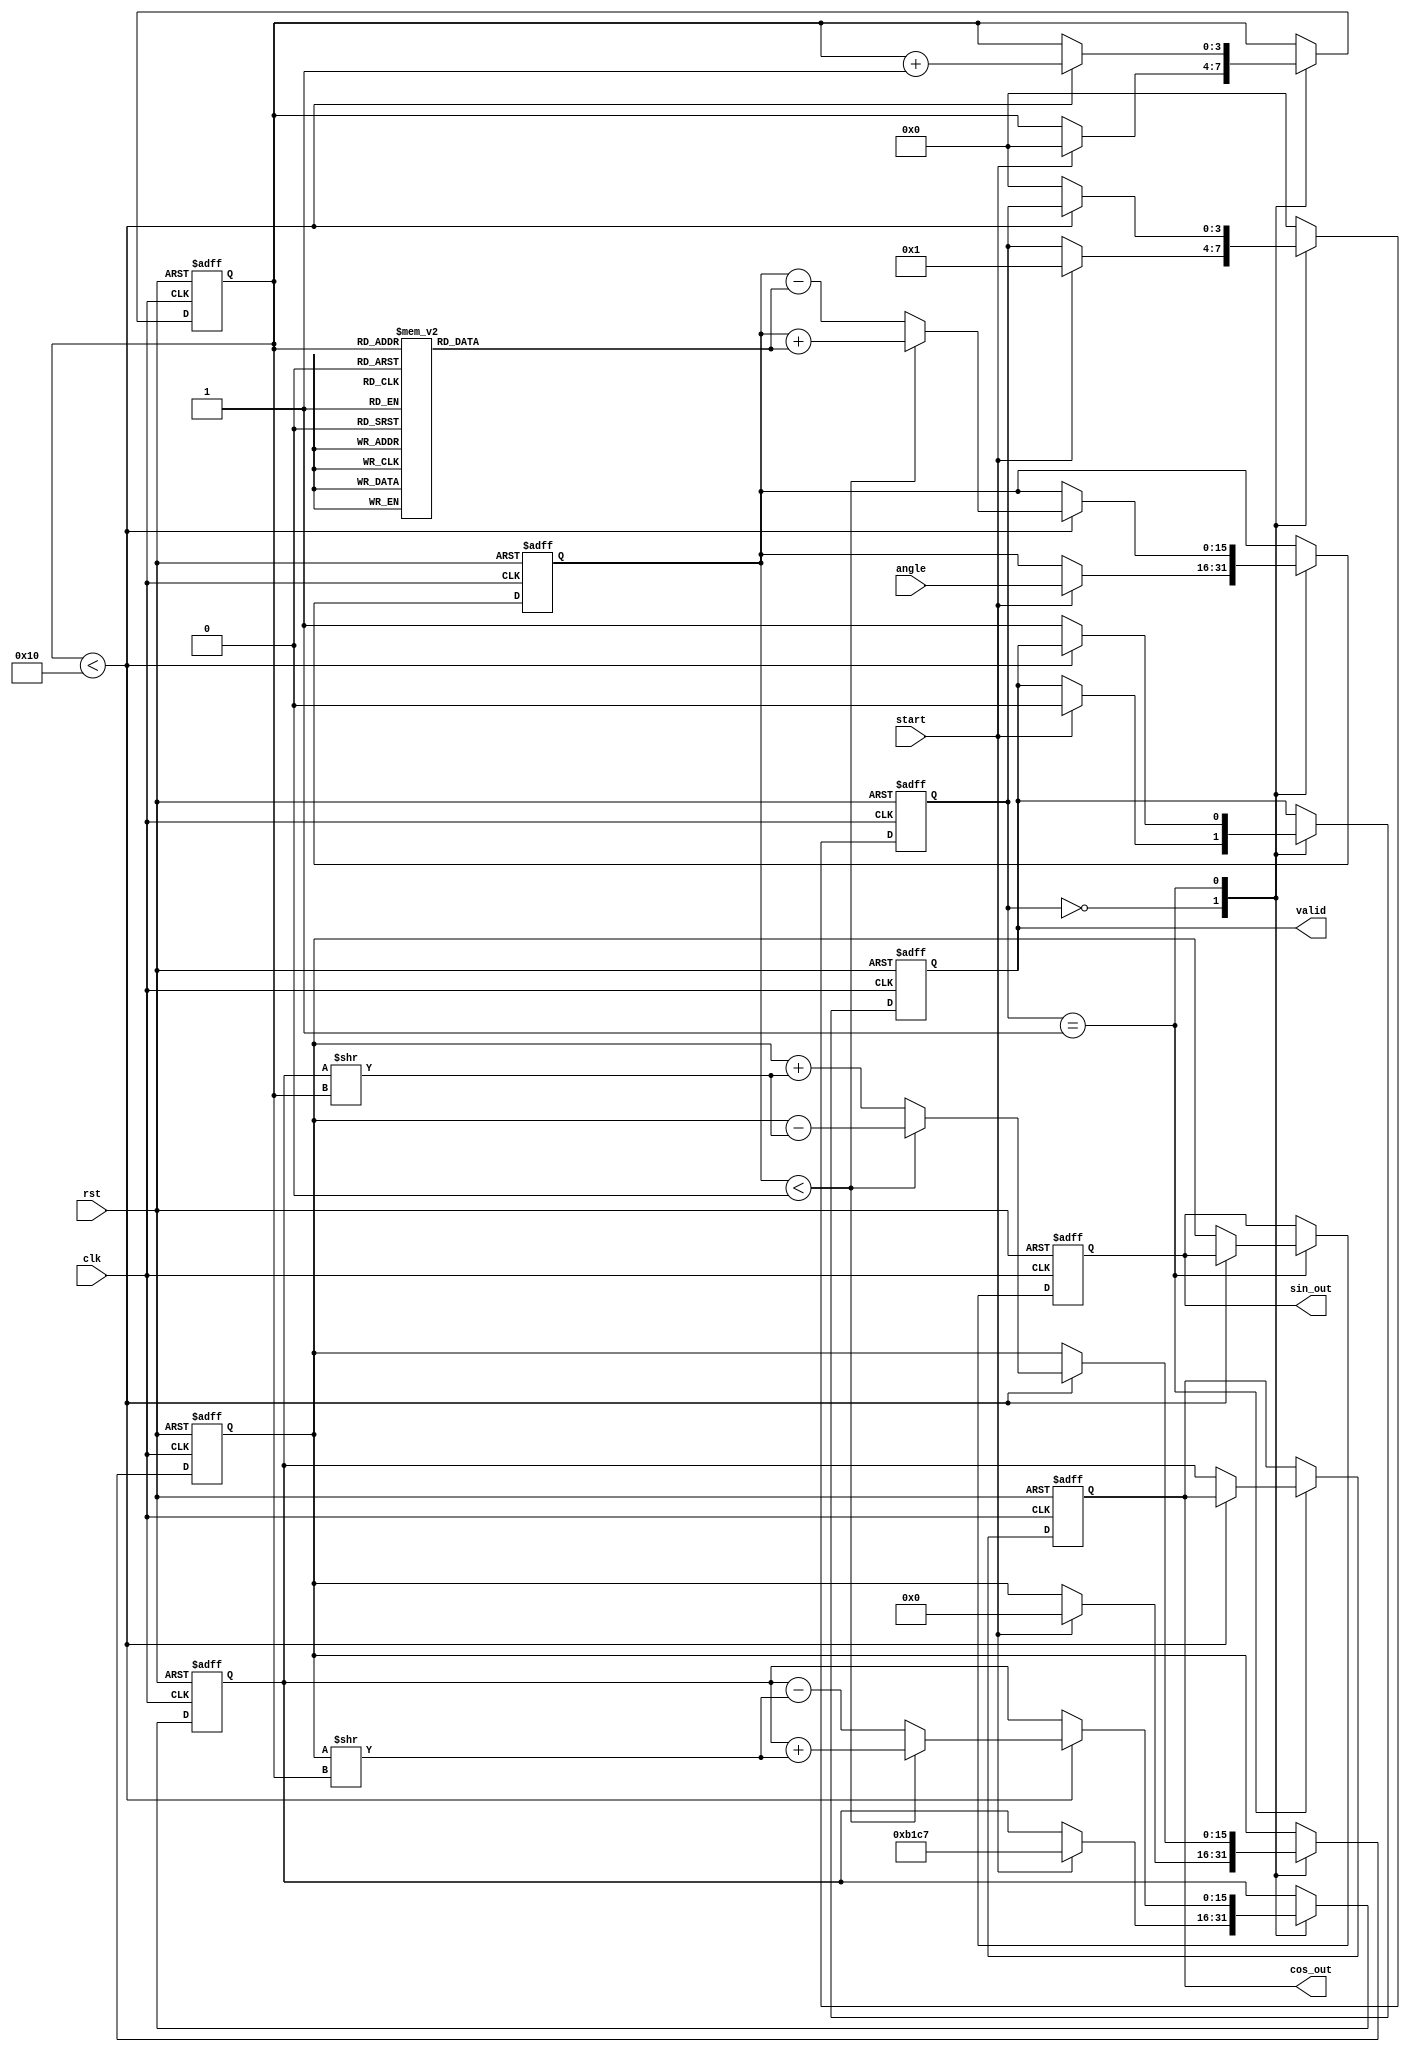
module cordic(
    input           clk,
    input           rst,
    input           start,
    input  [15:0]  angle,    // Input angle in fixed-point format
    output reg      valid,
    output reg [15:0] sin_out, // Output sine result
    output reg [15:0] cos_out  // Output cosine result
);
    // Parameters
    parameter NUM_ITER = 16; // Number of iterations (stages)
    parameter LUT_SIZE = 16;  // Size of the LUT

    // Pre-computed arctangent lookup table
    reg [15:0] atan_table [0:LUT_SIZE-1];
    
    // Angle and scaling
    reg [15:0] x, y, z; // x = cos(theta), y = sin(theta), z = angle
    reg [15:0] scaling_factor;
    
    // State machine states
    reg [3:0] state;
    reg [3:0] iter; // Iteration control

    // Initialization of the lookup table
    initial begin
        // Fill the LUT with pre-computed arctangent values
        atan_table[0] = 16'h3243; // atan(0.5) = 0.4636... in fixed-point
        atan_table[1] = 16'h1DAC; // atan(0.25) = 0.2449... in fixed-point
        // ... add more pre-computed values
    end

    // Scaling factor initialization (based on number of iterations)
    initial begin
        scaling_factor = 16'hB1C7; // Fixed-point scaling factor for 16 iterations
    end

    // State machine for controlling the CORDIC process
    always @(posedge clk or negedge rst) begin
        if (!rst) begin
            valid <= 0;
            state <= 0;
            iter <= 0;
            sin_out <= 0;
            cos_out <= 0;
            x <= scaling_factor; // Start with initial x = scaling_factor
            y <= 0;               // y starts at zero
            z <= 0;               // z = 0 initially
        end else begin
            case (state)
                0: begin // Idle state
                    if (start) begin
                        z <= angle; // Load input angle
                        x <= scaling_factor; // reset x
                        y <= 0; // reset y
                        iter <= 0; // reset iteration counter
                        valid <= 0;
                        state <= 1; // Move to compute state
                    end
                end
                1: begin // Compute state
                    if (iter < NUM_ITER) begin
                        if (z < 0) begin
                            // Compute for clockwise rotation
                            x <= x + (y >> iter);
                            y <= y - (x >> iter);
                            z <= z + atan_table[iter];
                        end else begin
                            // Compute for counterclockwise rotation
                            x <= x - (y >> iter);
                            y <= y + (x >> iter);
                            z <= z - atan_table[iter];
                        end
                        iter <= iter + 1; // Increment iteration
                    end else begin
                        // After completion of iterations
                        sin_out <= y;
                        cos_out <= x;
                        valid <= 1; // Signal computation is done
                        state <= 0; // Go back to idle state
                    end
                end
                default: state <= 0; // Fallback to idle
            endcase
        end
    end
endmodule